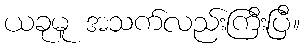
ယခုမူ အသက်လည်းကြီးပြီ။